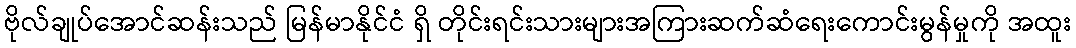
ဗိုလ်ချုပ်အောင်ဆန်းသည် မြန်မာနိုင်ငံ ရှိ တိုင်းရင်းသားများအကြားဆက်ဆံရေးကောင်းမွန်မှုကို အထူး